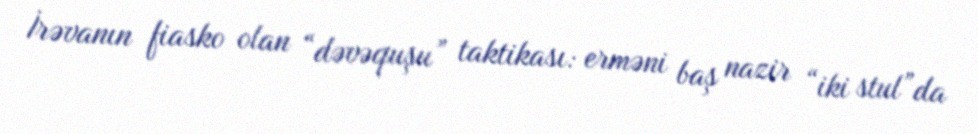
İrəvanın fiasko olan “dəvəquşu” taktikası: erməni baş nazir “iki stul”da